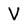
Character: V